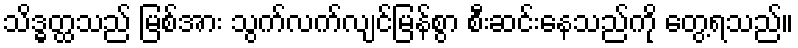
သိဒ္ဓတ္ထသည် မြစ်အား သွက်လက်လျင်မြန်စွာ စီးဆင်းနေသည်ကို တွေ့ရသည်။